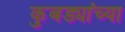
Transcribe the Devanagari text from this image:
कुबड्यांच्या